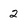
Character: 2